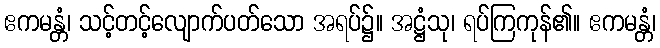
ဧကမန္တံ၊ သင့်တင့်လျောက်ပတ်သော အရပ်၌။ အဋ္ဌံသု၊ ရပ်ကြကုန်၏။ ဧကမန္တံ၊